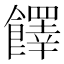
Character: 䭞